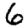
Digit: 6